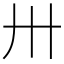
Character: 卅